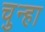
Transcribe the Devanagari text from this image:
चुन्हा